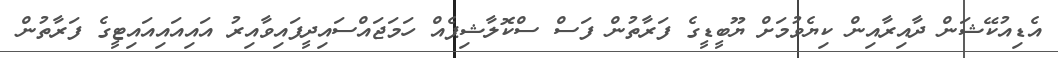
އެޑިއުކޭޝަން ދާއިރާއިން ކިޔެވުމަށް ޔޫބީޑީގެ ފަރާތުން ފަސް ސްކޮލާޝިޕެއް ހަމަޖައްސައިދީފައިވާއިރު އައިއައިއައިޓީގެ ފަރާތުން